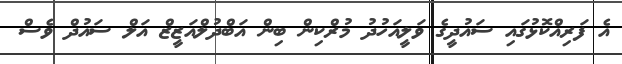
އެ ފަރިއްކޮޅުގައި ސައުދީގެ ވަލީއަހުދު މުރްކިން ބިން އަބްދުލްއަޒީޒް އަލް ސައުދް ވެސް